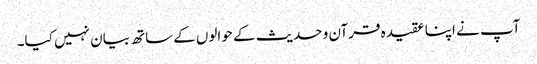
آپ نے اپنا عقیدہ قرآن و حدیث کے حوالوں کےساتھ بیان نہیں کیا۔